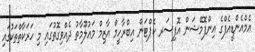
އެމްއެންޑީއެފްގެ އިންފޮމޭޝަން އޮފިސަރ ކެޕްޓަން އިބްރާހީމް އާޒިމް މަޢުލޫމާތު ދެއްވިގޮތުގައި މި ހަރަކާތްތަކުގައި